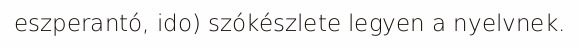
eszperantó, ido) szókészlete legyen a nyelvnek.